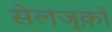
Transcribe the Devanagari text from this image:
सेलजूक़ों